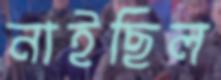
নাইছিল